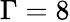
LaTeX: \Gamma=8